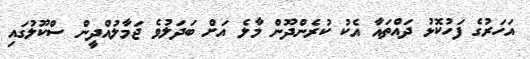
އަހަރުގެ ފަހުކޮޅު ދައްތައާ އެކު ކުރެންދޫން މާލެ އަށް ބަދަލުވެ ޖަމާލުއްދީން ސްކޫލުގައި